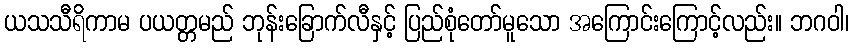
ယသသီရိကာမ ပယတ္တမည် ဘုန်းခြောက်လီနှင့် ပြည်စုံတော်မူသော အကြောင်းကြောင့်လည်း။ ဘဂဝါ၊